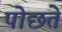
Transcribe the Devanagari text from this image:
पोछते